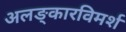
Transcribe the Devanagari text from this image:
अलङ्कारविमर्श